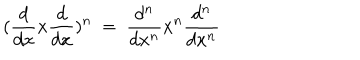
( { \frac { d } { d x } } x { \frac { d } { d x } } ) ^ { n } \ = \ { \frac { d ^ { n } } { d x ^ { n } } } x ^ { n } { \frac { d ^ { n } } { d x ^ { n } } }